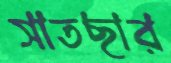
সাতছার